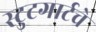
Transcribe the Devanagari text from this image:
स्टुटगार्टचे